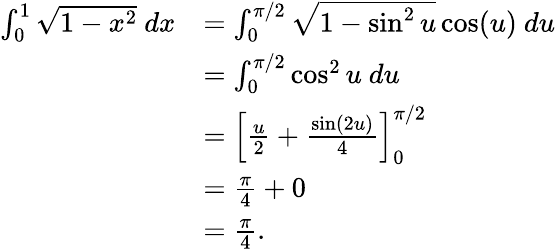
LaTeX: {\begin{array}{rl}{\int_{0}^{1}{\sqrt{1-x^{2}}}\ dx}&{=\int_{0}^{\pi/2}{\sqrt{1-\sin^{2}u}}\cos(u)\ du}\\ &{=\int_{0}^{\pi/2}\cos^{2}u\ du}\\ &{=\left[{\frac{u}{2}}+{\frac{\sin(2u)}{4}}\right]_{0}^{\pi/2}}\\ &{={\frac{\pi}{4}}+0}\\ &{={\frac{\pi}{4}}.}\end{array}}